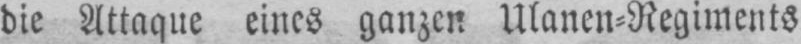
die Attaque eines Ulanen⸗Regiments